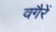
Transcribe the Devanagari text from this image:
वगैरें